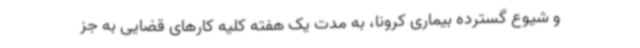
و شیوع گسترده بیماری کرونا، به مدت یک هفته کلیه کارهای قضایی به‌ جز